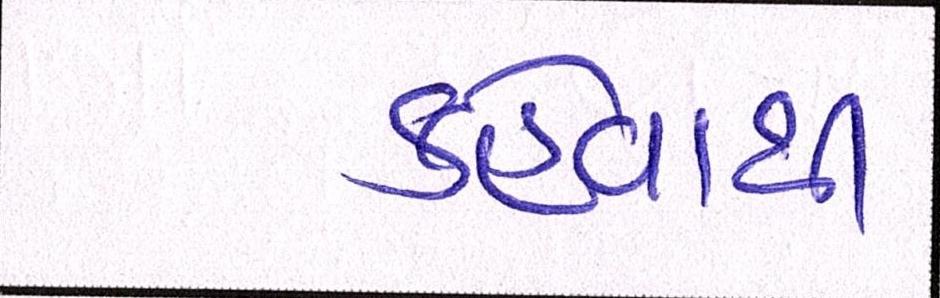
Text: કહેવાથી